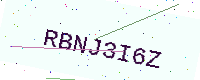
Text: RBNJ3I6Z